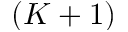
( K + 1 )